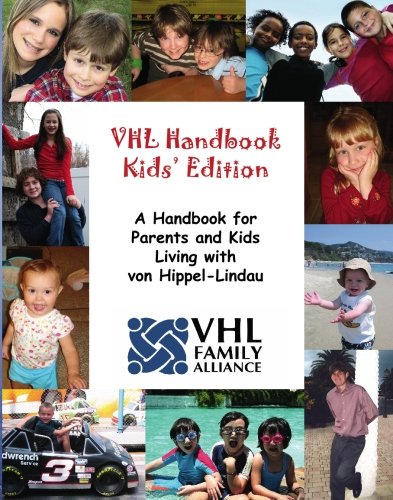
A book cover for VHL Handbook Kids' Edition: A handbook for parents and kids living with von Hippel-Lindau; Melissa Kruger; Health, Fitness & Dieting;